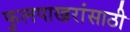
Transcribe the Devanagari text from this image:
फुलपाखरांसाठी